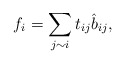
\begin{align*}f_i =\sum_{ j\sim i} t_{ij} \hat{b}_{ij},\end{align*}